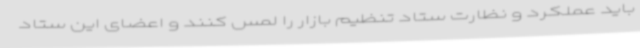
باید عملکرد و نظارت ستاد تنظیم بازار را لمس کنند و اعضای این ستاد